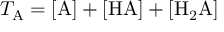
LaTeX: T _ { \mathrm { A } } = \mathrm { [ A ] + [ H A ] + [ H _ { 2 } A ] }